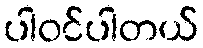
ပါဝင်ပါတယ်